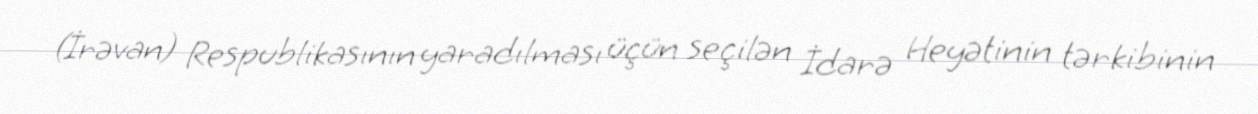
(İrəvan) Respublikasının yaradılması üçün seçilən İdarə Heyətinin tərkibinin